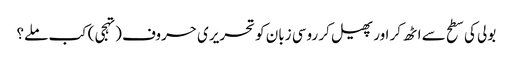
بولی کی سطح سے اٹھ کر اور پھیل کر روسی زبان کو تحریری حروف (تہجی) کب ملے؟